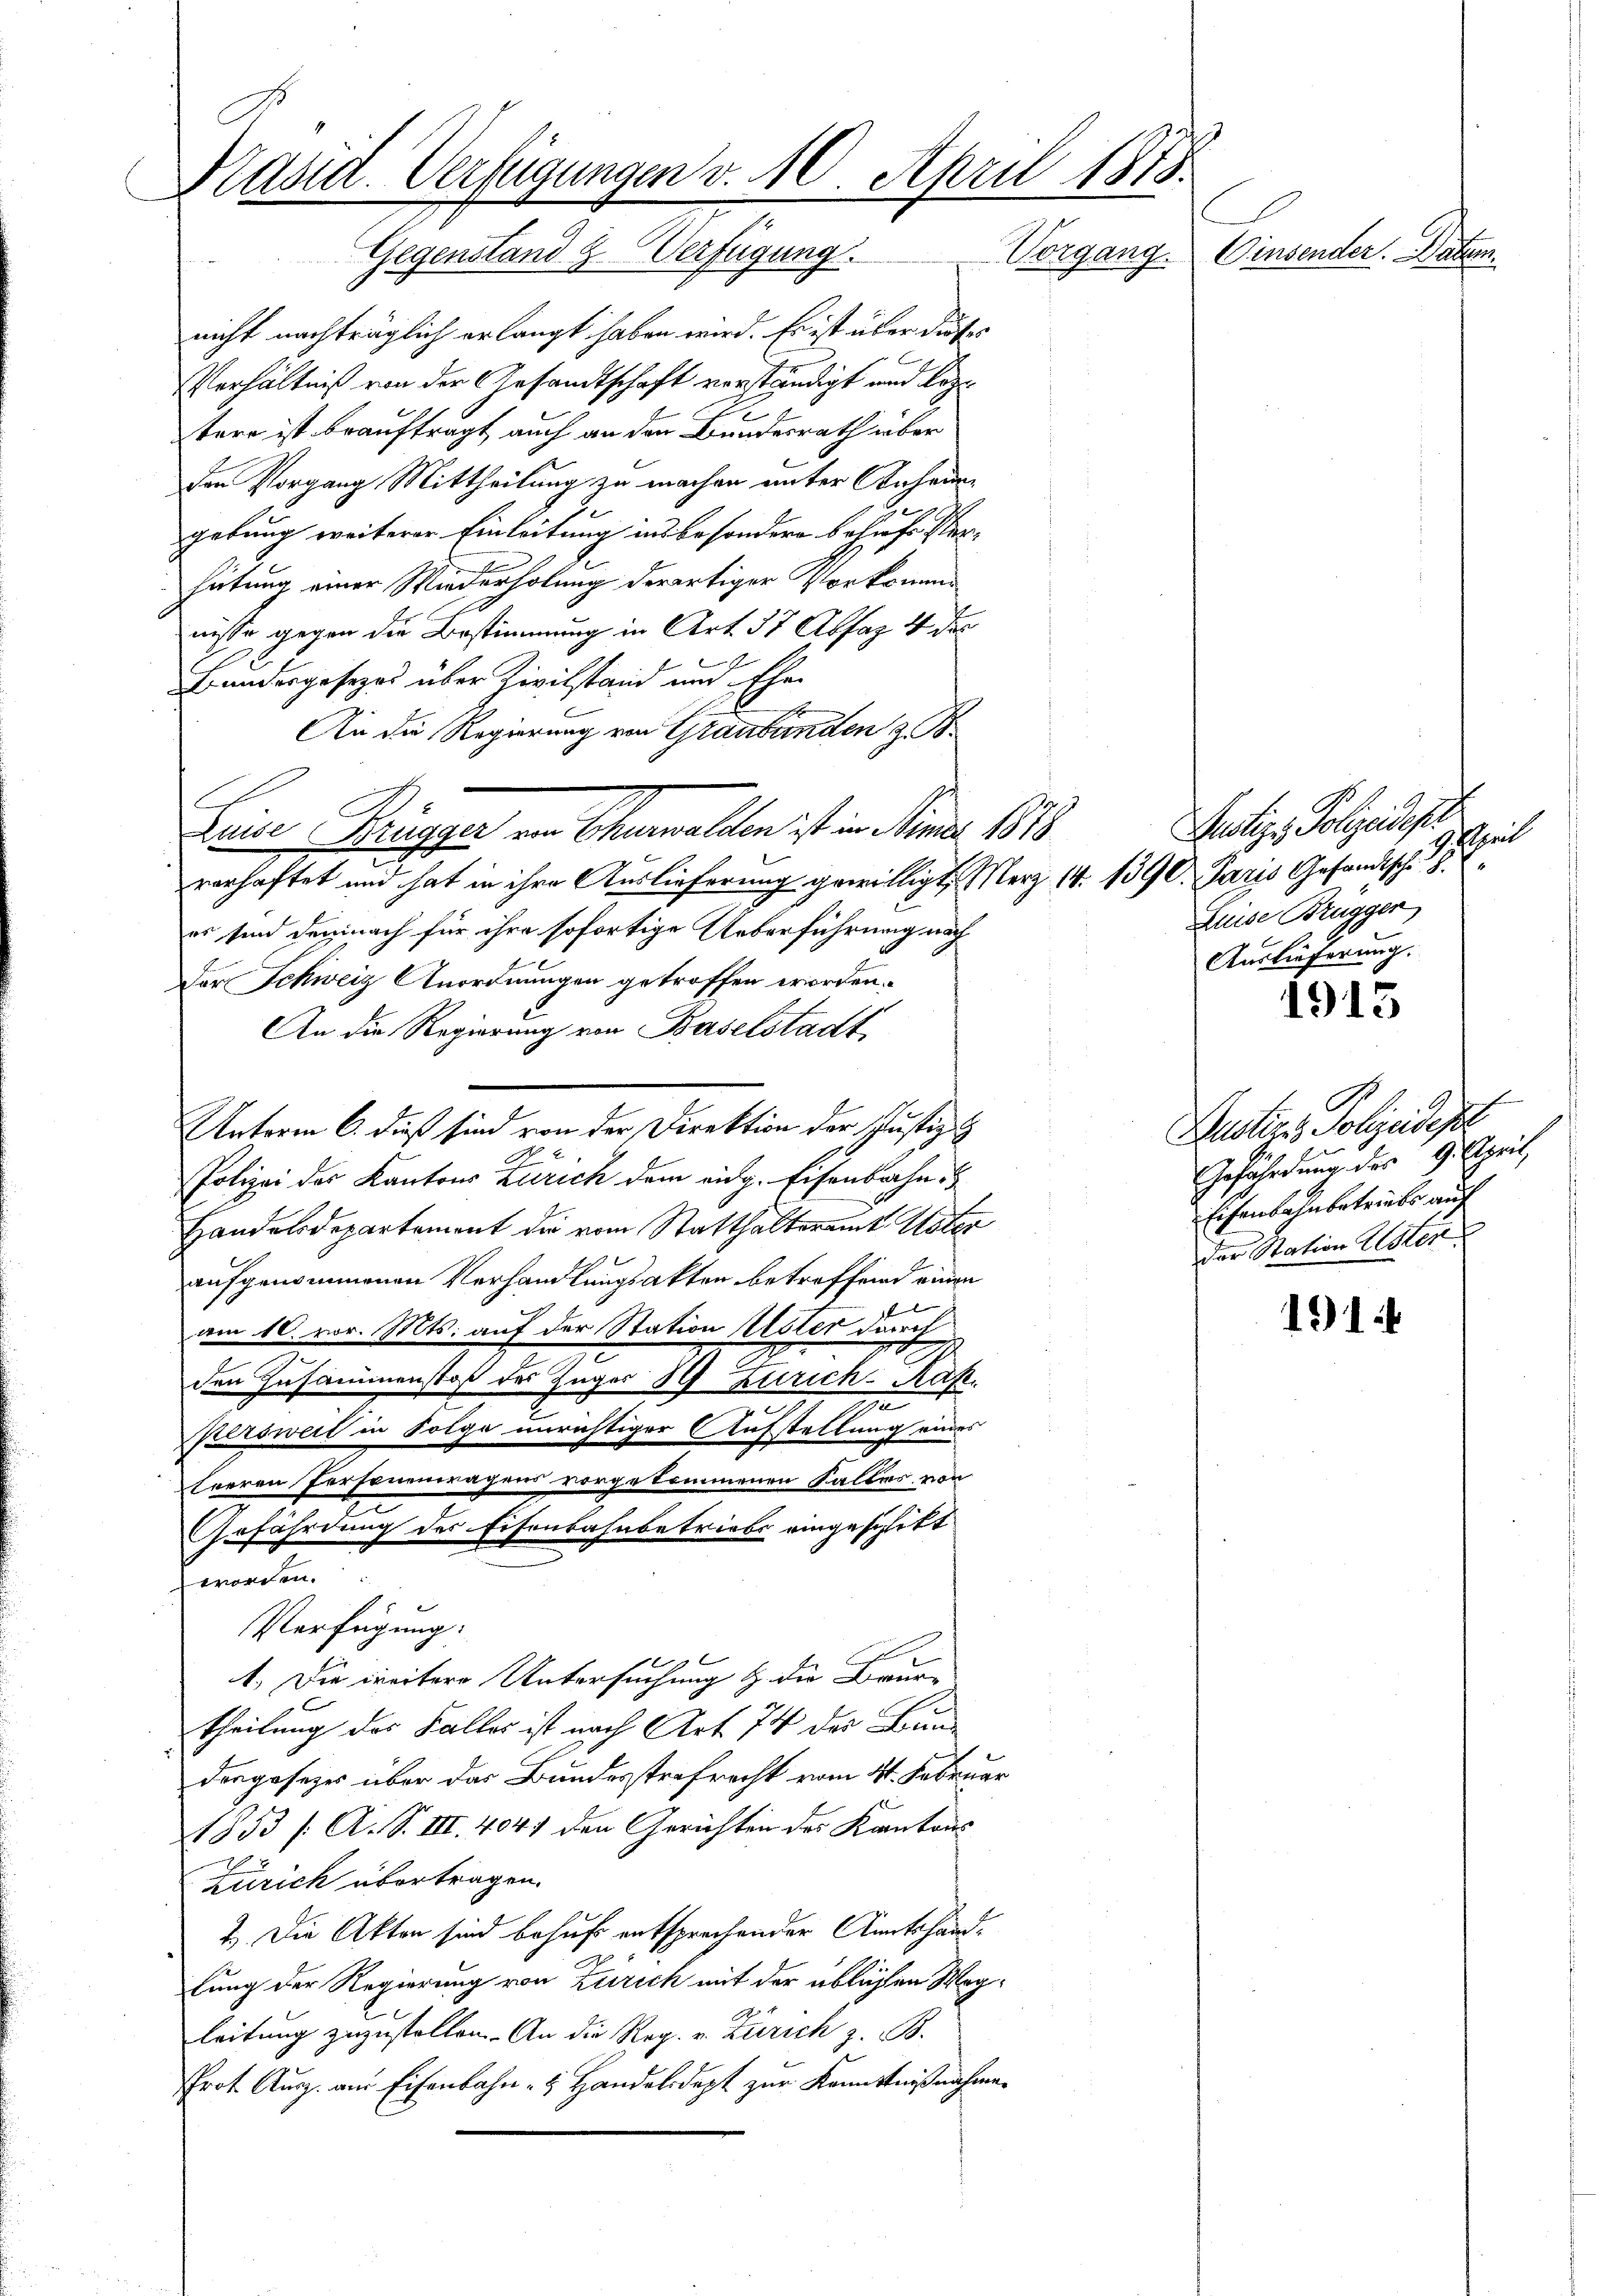
Präsid. Verfügungen v. 10. April 1875.
Cinsender. Datum.
Gegenstand & Verfügung Vorgang.

nicht nachträglich erlangt haben wird. Es ist über dieser
Verhältniß von der Gesandtschaft verständigt und Koptere ist beauftragt, auch an den Bundesrath über
den Vorgang Mittheilung zu machen unter Inhaungebung weiterer Einleitung ins besondere Behufs Verhütung einer Wiederholung derartiger Vorkomnisse gegen die Bestimmung in Art. 37 Absag 4 des
Bundesgesezes über Zivilstand und Ehe¬
An die Regierung von Graubünden z. B.
Keise Brüngger von Churwalten ist in Stimmer 1818
verhaftet und hat in ihre Auslieferung gewilligt, Merz 14. 1390. Paris Gesandtsche
es sind demnach für ihre sofortige Ueberführung nach
Der Schweiz Anordnungen getroffen worden.
An die Regierung von Baselstadt,
No 2
Polizei des Kantons Zürich dem eidg. Eisenbahn
Handelsdepartement die vom Statthalteramt Uster
aufgenommenen Verhandlungsakten betreffend einen
am 10. vor. Mts. auf der Station Uster durch
den Zusammenstoß des Zuger 89 urich Rafz
r
persweil in Folge unrichtiger Aufstellung eines
Eueren Personenwagens vorgekommenen Falles von
Grfährdung des Eisenbahnbetriebs eingeschikt
worden.
Verfügung:
1. Die weitere Untersuchung & der Baure
theilung des Falles ist nach Art. 74 der Bundergesetzes über das Bundesstrafrecht vom 4t. Februar
1853 /: A. S. III. 4041 den Gerichten des Kantons
Zürich übertragen.
2.) Die Akten sind behufs entsprechender Amtshandlung der Regierung von Zürich mit der üblichen Wegleitung zuzustellen. An die Reg. v. Zürich z. B.
Prot. Ausz. am Eisenbahn- & Handelsdept zur Kenntnißnahme

C

Unterm 6. dieß sind von der Direktion der Justiz- &

Justiz - Polizeidep
Esprit
Zuise Brügger
Auslieferung.

1915

f
Justicis Polizeidest
Gefährdung des 9. April,
Eisenbahnbetriebes auf
der Station Uster

191